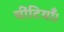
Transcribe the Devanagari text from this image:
चींटियाँ।